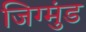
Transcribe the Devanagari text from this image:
जिग्मुंड